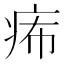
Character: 𤵗